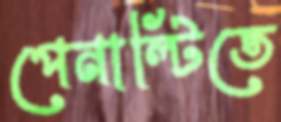
পেনাল্টিতে